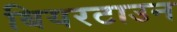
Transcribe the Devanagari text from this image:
बियरटाउन